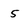
Character: 5